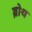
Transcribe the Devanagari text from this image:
ब्रोथ